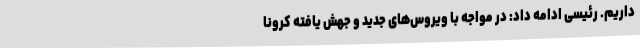
داریم. رئیسی ادامه داد: در مواجه با ویروس‌های جدید و جهش یافته کرونا